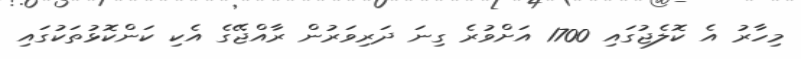
މިހާރު އެ ކޮލެޖުގައި 1700 އަށްވުރެ ގިނަ ދަރިވަރުން ރާއްޖޭގެ އެކި ކަންކޮޅުތަކުގައި